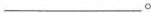
___ 。